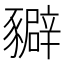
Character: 𧲉